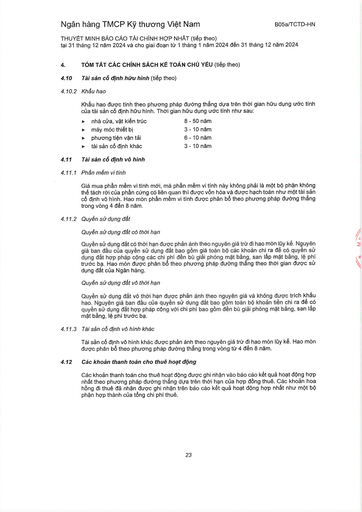
|nhà cửa, vật kiến trúc|8-50 năm| |---|---| |máy móc thiết bị|3-10 năm| |phương tiện vận tải|6-10 năm| |tài sản cố định khác|3-10 năm|